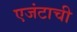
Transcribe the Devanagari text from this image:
एजंटाची